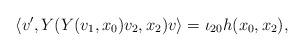
LaTeX: \begin{align*}\left\langle v', Y(Y(v_{1}, x_{0})v_{2},x_{2})v\right\rangle=\iota_{20}h(x_{0}, x_{2}),\end{align*}